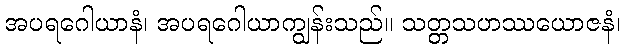
အပရဂေါယာနံ၊ အပရဂေါယာကျွန်းသည်။ သတ္တသဟဿယောဇနံ၊